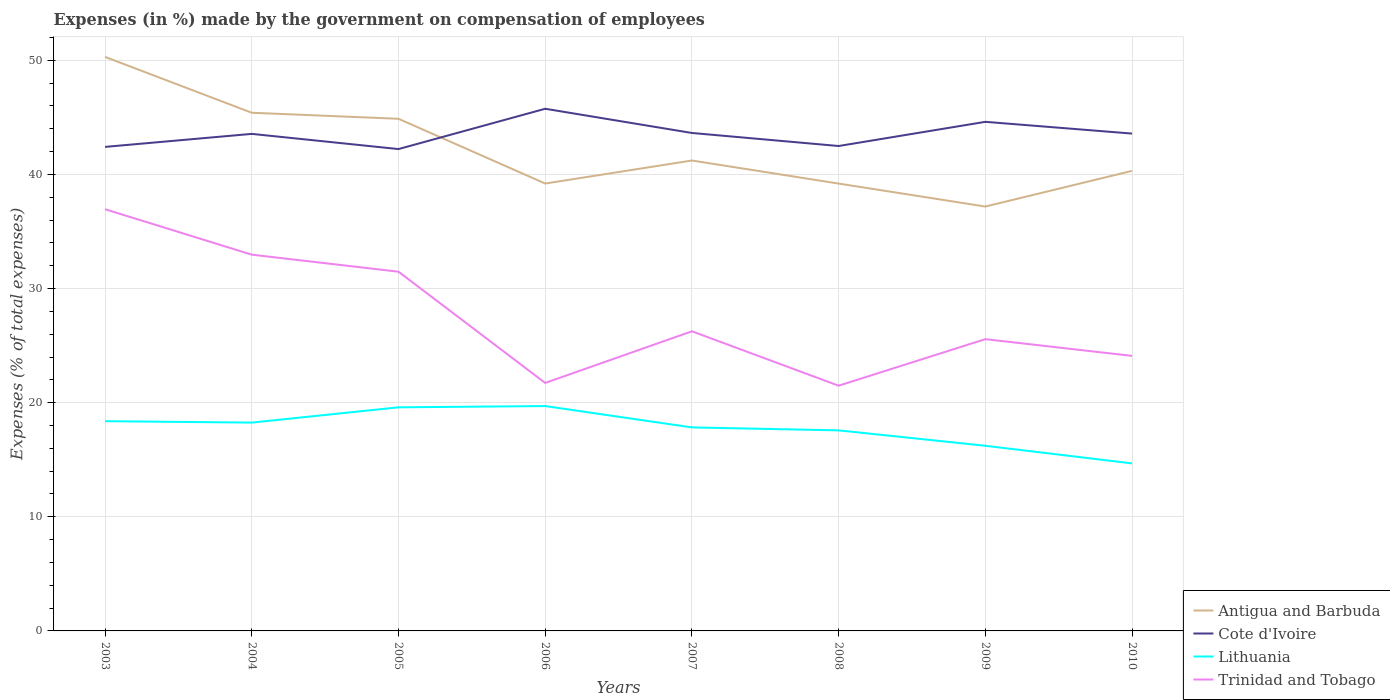
| Years | Antigua and Barbuda | Cote d'Ivoire | Lithuania | Trinidad and Tobago |
 | --- | --- | --- | --- | --- |
 | 2003 | 50.3 | 42.4 | 18.4 | 37 |
 | 2004 | 45.4 | 43.6 | 18.3 | 33 |
 | 2005 | 44.9 | 42.2 | 19.6 | 31.5 |
 | 2006 | 39.2 | 45.8 | 19.7 | 21.7 |
 | 2007 | 41.2 | 43.6 | 17.8 | 26.3 |
 | 2008 | 39.2 | 42.5 | 17.6 | 21.5 |
 | 2009 | 37.2 | 44.6 | 16.2 | 25.6 |
 | 2010 | 40.3 | 43.6 | 14.7 | 24.1 |